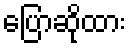
ပြောဆိုထား